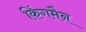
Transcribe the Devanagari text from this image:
किंगमैन